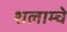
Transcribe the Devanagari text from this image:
शलाम्चे